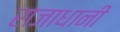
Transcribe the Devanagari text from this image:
राजाधानी